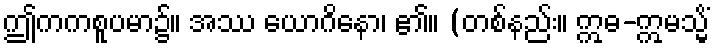
ဤကကစူပမာ၌။ အဿ ယောဂိနော၊ ၏။ (တစ်နည်း။ ဣဓ-ဣမသ္မိံ